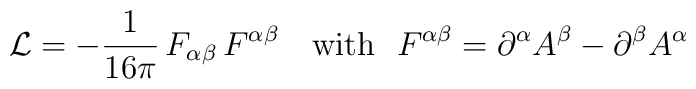
{\cal L} = - {1\over 16\pi}\, F_{\alpha\beta}\, F^{\alpha\beta}~~~{\rm with}~~ F^{\alpha\beta} = \partial^{\alpha} A^{\beta}   - \partial^{\beta} A^{\alpha}